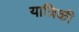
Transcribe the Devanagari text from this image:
यात्रिकी